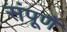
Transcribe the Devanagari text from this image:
संपूर्णै